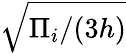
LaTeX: \sqrt{\Pi_{i}/(3h)}